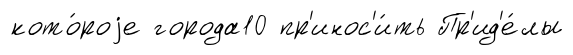
кото́роjе города10 пр'инос'и́ть Пр'ид'е́лы